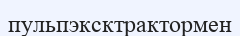
пульпэксктрактормен